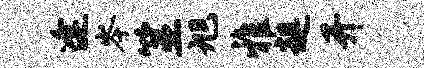
逢岑筮旭雅趄开